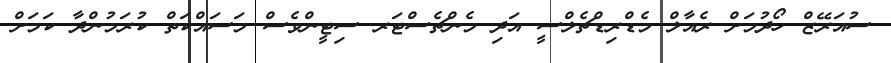
ސުއަރޭޒް ހޯދުމަށް ރެއާލް މެޑްރިޑްޗެލްސީ އަދި މެންޗެސްޓަރ ސިޓީންވެސް މަސައްކަތް ކުރަމުންދާ ކަމަށް